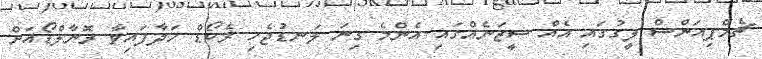
ޗެމްޕިއަންސް ލީގުގައި އެއް ސީޒަނެއްގައި އެންމެ ގިނަ ލަނޑުޖެހި ރެކޯޑް ހަދާފައިވާ ރޮނާލްޑޯއަށް